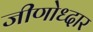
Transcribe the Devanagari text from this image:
जीणोध्दार